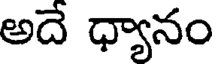
అదే ధ్యానం